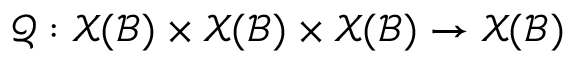
\boldsymbol { \mathcal { Q } } : \mathcal { X } ( \mathcal { B } ) \times \mathcal { X } ( \mathcal { B } ) \times \mathcal { X } ( \mathcal { B } ) \rightarrow \mathcal { X } ( \mathcal { B } )